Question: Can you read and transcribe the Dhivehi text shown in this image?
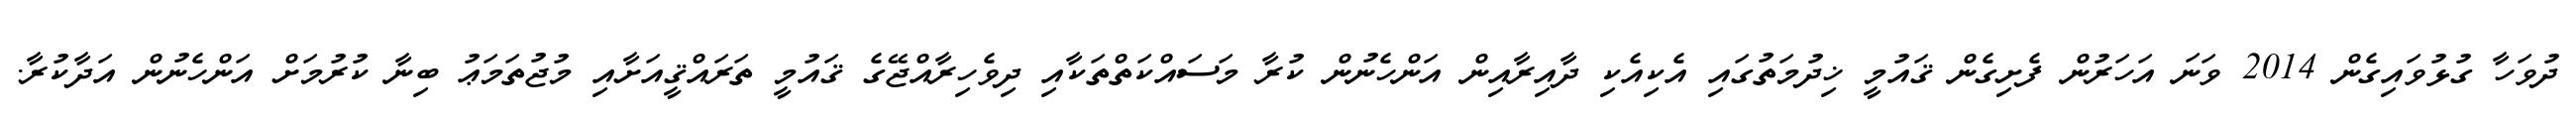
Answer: ދުވަހާ ގުޅުވައިގެން 2014 ވަނަ އަހަރުން ފެށިގެން ޤައުމީ ޚިދުމަތުގައި އެކިއެކި ދާއިރާއިން އަންހެނުން ކުރާ މަސައްކަތްތަކާއި ދިވެހިރާއްޖޭގެ ޤައުމީ ތަރައްޤީއަށާއި މުޖުތަމަޢު ބިނާ ކުރުމަށް އަންހެނުން އަދާކުރާ.